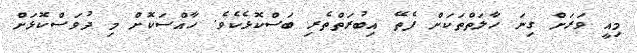
މިއީ ވަރަށް ގިނަ ހާލަތްތަކަށް ފެތޭ އިބުރަތްތެރި ބަސްކޮޅެކެވެ. ހާއްސަކޮށް މި ދުވަސްކޮޅަށް